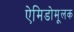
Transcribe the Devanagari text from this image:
ऐमिडोमूलक